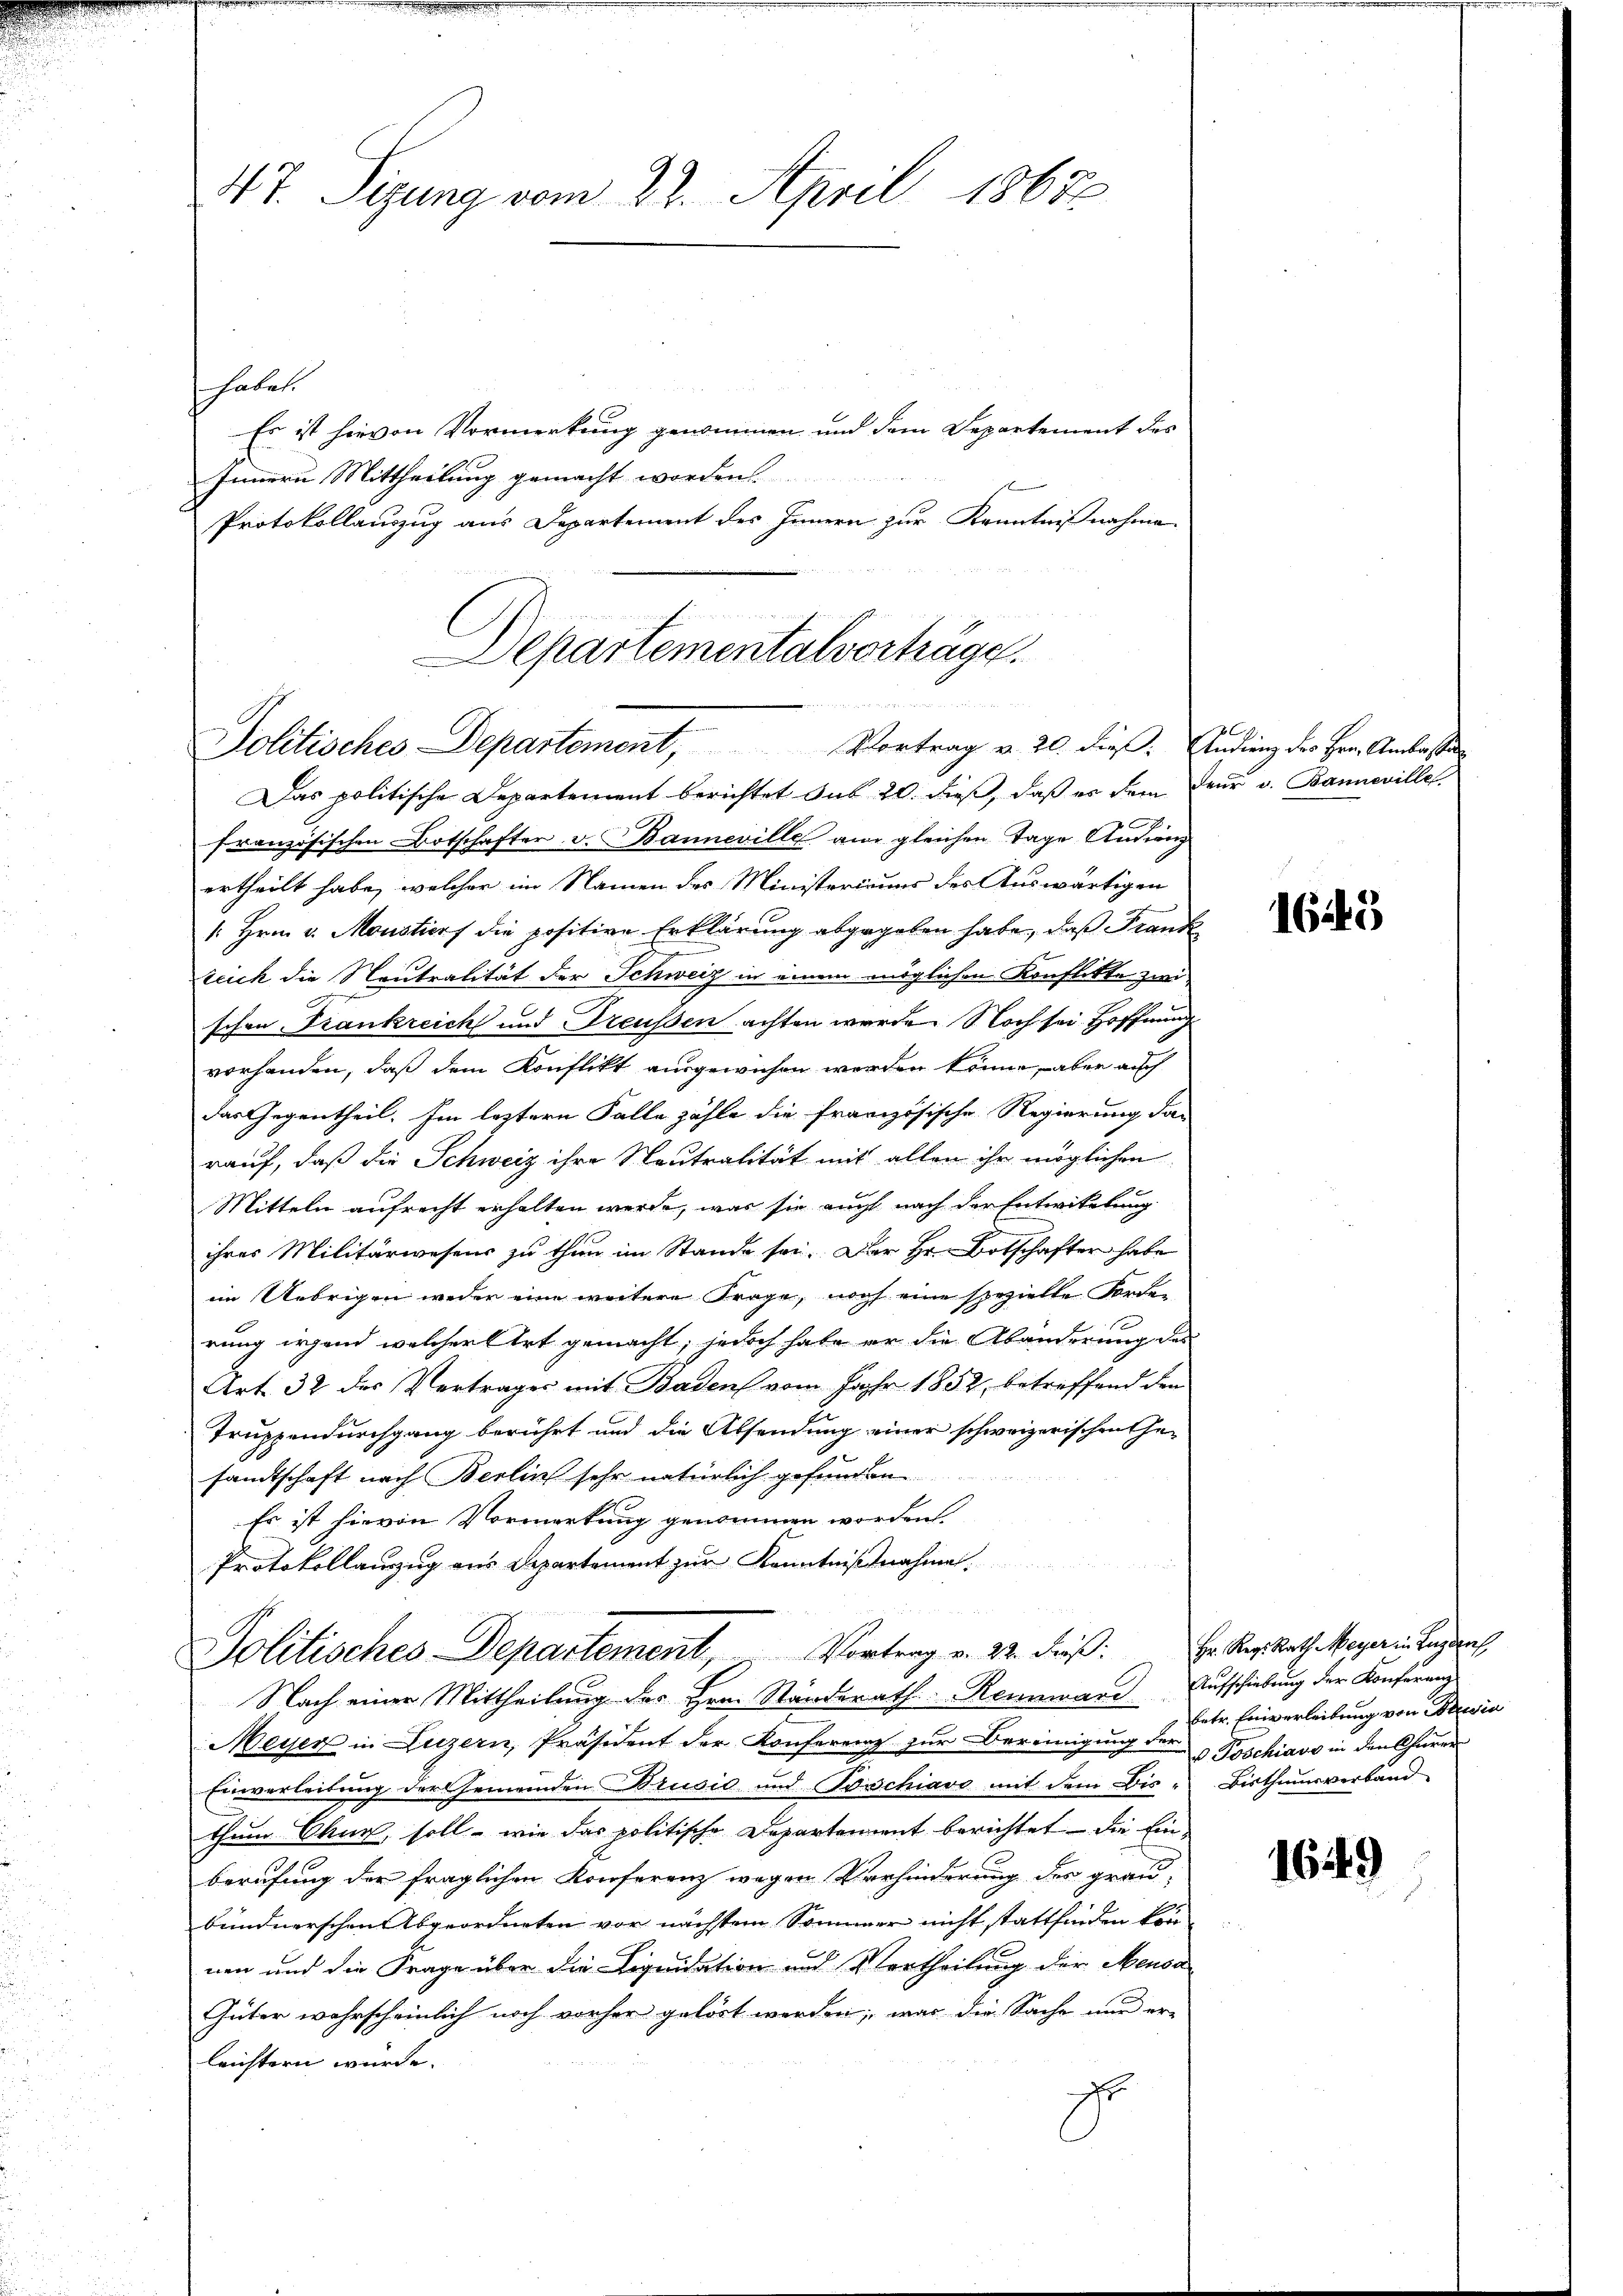
47. Sigung vom 22. April 1862

haben.
Es ist hievon Vormerkung genommen und dem Departement des
Innern Mittheilung gemacht worden.
Protokollauszug aus Departement des Innern zur Kenntnißnahme

Departementalvorträge.
284

Politisches Departement, Vortrag v. 20. dieβ. Andrenz des Hrn. Anlasse

Das politische Departement berichtet sub 20. dieß, daß es dem deŭr v. Banneville.
0
französischen Botschafter v. Banneville am gleichen Tage Andreng
ertheilt habe, welcher im Namen des Ministeriums des Auswärtigen
1. Hrn. v. Monstiers die positive Erklärung abgegeben habe, daß Frank
teich die Neutralität der Schweiz in einem möglichen Konflikte zwischon Frankreich und Treussen achten werde. Noch sei Hoffnung
vorhanden, daß dem Konflikt ausgewichen werden könne, aber auch
das Gegentheil. Im leztern Falle zähle die französische Regierung das
rauf, daß die Schweiz ihre Neutralität mit allen ihr möglichen
Mitteln aufrecht erhalten werde, was sie aucht nach der Entwittlung
ihres Militärwesens zu thun im Stande sei. Der Hr. Botschafter habe
im Uebrigen weder eine weitere Frage, noch eine spezielle Ferdi
rung irgend welcher lirt gemacht; jedoch habe er die Abänderung des
Art. 32 des Vertrages mit Baden vom Jahr 1852, betreffend den
Truppendurchgang berührt und die Absendung einer schweizerischen In-
samtschaft nach Berlin sehr natürlich gefunden
Es ist hievon Vormerkung genommen worden.
Protokollauszug aus Departement zur Kenntnißnahme.
Politisches-Departement, Vortrag v. 22. Fuß. Hr. Reg. Rath Meyer in Luzerneh
Nach einer Mittheilung des Hrn. Standerath Rennward Aufschiebung der Konferenz
Meiser in Luzern, Präsident der Konferenz zur Bereinigung der
Einverleitung der Gemeinden Brusić und Toschiavo mit dem Bis- Bisthumsverband
thum Chur, soll - wie das politische Departement berichtet – die Einberufung der fraglichen Konferenz wegen Verhinderung des grau-
bündnerschen Abgeordneten vor nächstem Sommer nicht stattfinden könn
nen und die Frage über die Liquidation und Vortheilung der Mensa
Güter wahrscheinlich noch vorher gelöst werden; was die Sache nur er-
leichtern wurde.
fr

1643

betr. Einverleibung von Bewia
u Poschiavo in den Churer

1649